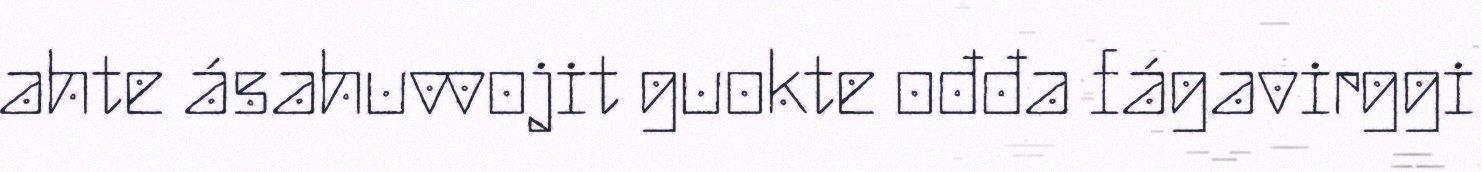
ahte ásahuvvojit guokte ođđa fágavirggi